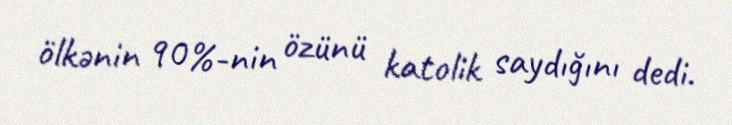
ölkənin 90%-nin özünü katolik saydığını dedi.